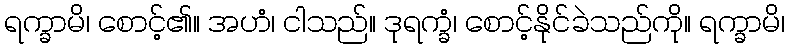
ရက္ခာမိ၊ စောင့်၏။ အဟံ၊ ငါသည်။ ဒုရက္ခံ၊ စောင့်နိုင်ခဲသည်ကို။ ရက္ခာမိ၊